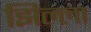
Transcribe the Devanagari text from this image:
झिल्ला